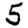
Digit: 5